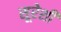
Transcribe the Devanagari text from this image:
सूरेशी